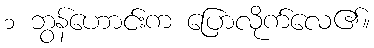
၁ ဘွန်ဟောင်းက ပြောလိုက်လေ၏။